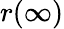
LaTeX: r(\infty)